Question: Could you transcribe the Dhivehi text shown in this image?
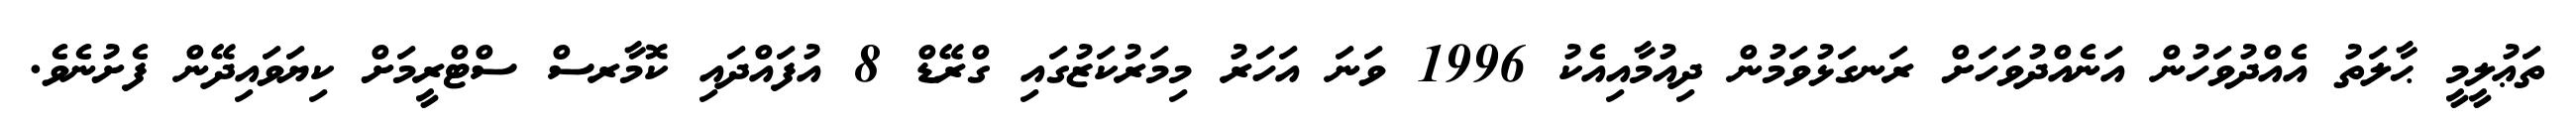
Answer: ތަޢުލީމީ ޙާލަތު އެއްދުވަހުން އަނެއްދުވަހަށް ރަނގަޅުވަމުން ދިއުމާއިއެކު 1996 ވަނަ އަހަރު މިމަރުކަޒުގައި ގްރޭޑް 8 އުފައްދައި ކޮމާރސް ސްޓްރީމަށް ކިޔަވައިދޭން ފެށުނެވެ.